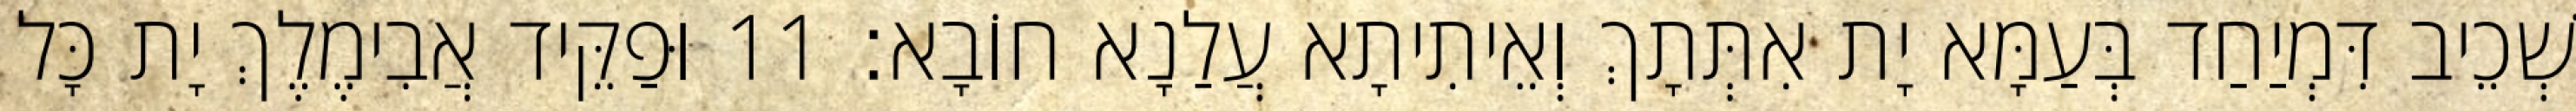
שְׁכֵיב דִּמְיַחַד בְּעַמָּא יָת אִתְּתָךְ וְאֵיתִיתָא עֲלַנָא חוֹבָא׃ 11 וּפַקֵּיד אֲבִימֶלֶךְ יָת כָּל